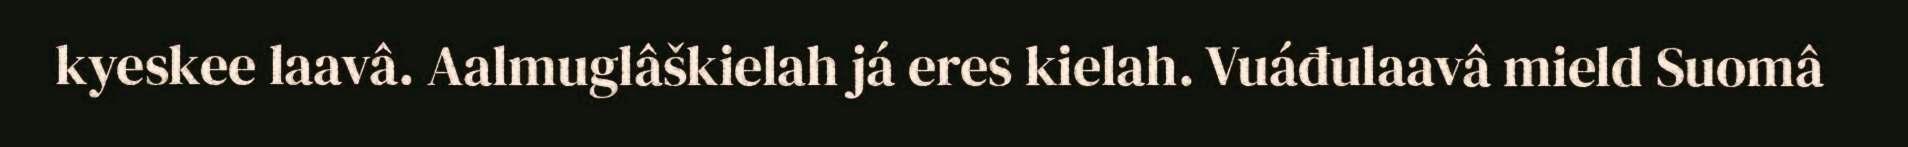
kyeskee laavâ. Aalmuglâškielah já eres kielah. Vuáđulaavâ mield Suomâ